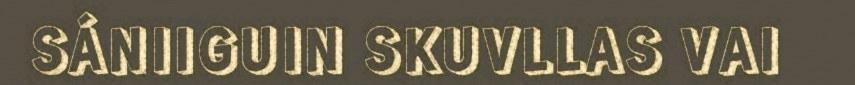
SÁNIIGUIN SKUVLLAS VAI